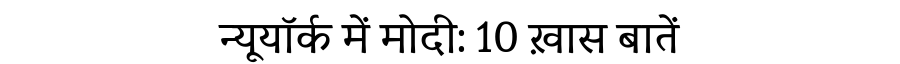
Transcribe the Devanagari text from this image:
न्यूयॉर्क में मोदी: 10 ख़ास बातें